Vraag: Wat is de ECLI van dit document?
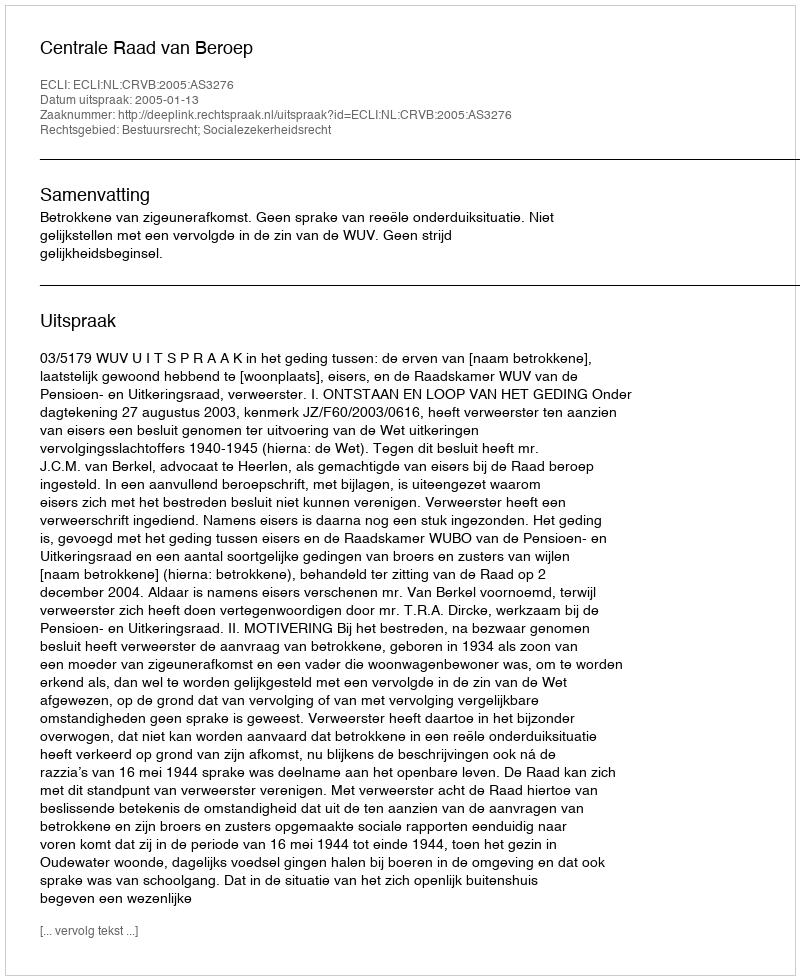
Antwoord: ECLI:NL:CRVB:2005:AS3276